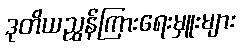
ဒုတိယညွှန်ကြားရေးမှူးများ